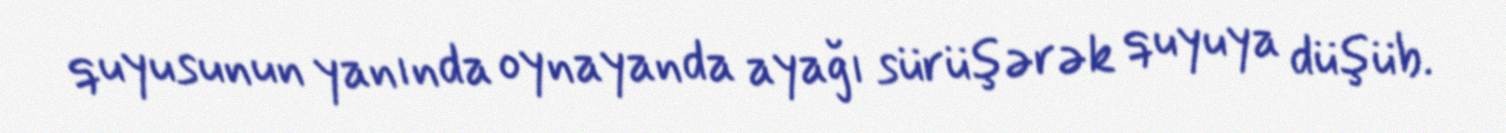
quyusunun yanında oynayanda ayağı sürüşərək quyuya düşüb.